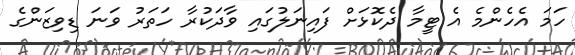
ހަމަ އެހެންމެ އެ ޓީމާ ދެކޮޅަށް ފައިނަލުގައި ވާދަކުރާ ހަތަރު ވަނަ ޑިވިޒަންގެ